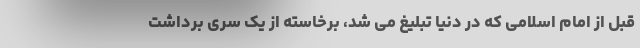
قبل از امام اسلامی که در دنیا تبلیغ می شد، برخاسته از یک سری برداشت